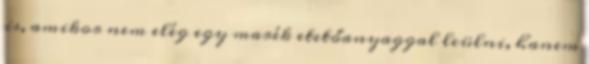
is, amikor nem elég egy marék etetőanyaggal leülni, hanem